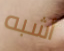
أشبه